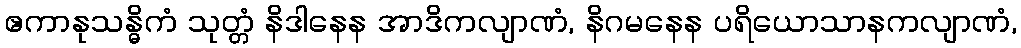
ဧကာနုသန္ဓိကံ သုတ္တံ နိဒါနေန အာဒိကလျာဏံ, နိဂမနေန ပရိယောသာနကလျာဏံ,